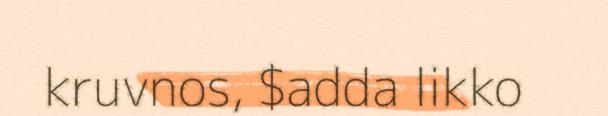
kruvnos, $adda likko